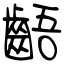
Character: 齬